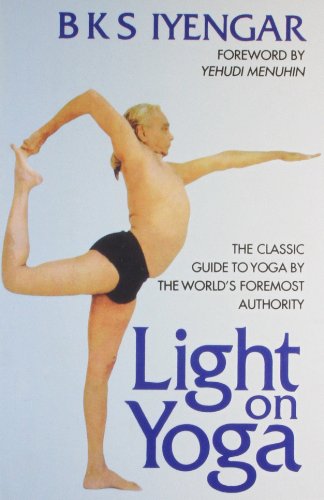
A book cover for Light on Yoga: The Classic Guide to Yoga by the World's Foremost Author; Iyengar; Health, Fitness & Dieting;